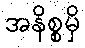
အနိစ္စမှိ